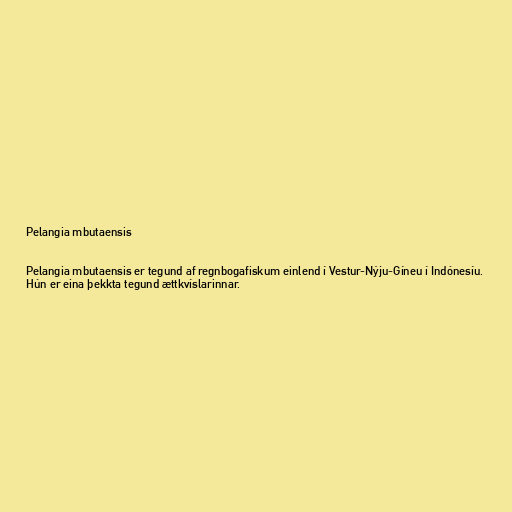
Pelangia mbutaensis

Pelangia mbutaensis er tegund af regnbogafiskum einlend í Vestur-Nýju-Gíneu í Indónesíu.
Hún er eina þekkta tegund ættkvíslarinnar.